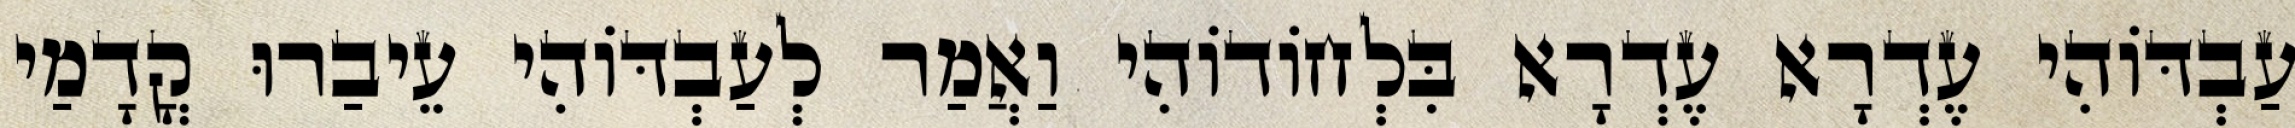
עַבְדּוֹהִי עֶדְרָא עֶדְרָא בִּלְחוֹדוֹהִי וַאֲמַר לְעַבְדּוֹהִי עֵיבַרוּ קֳדָמַי